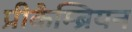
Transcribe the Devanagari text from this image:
प्रीकैम्ब्रियन